Vaccine operations Central Provinces 1900-1911 - 1900-1911
Year: 1900
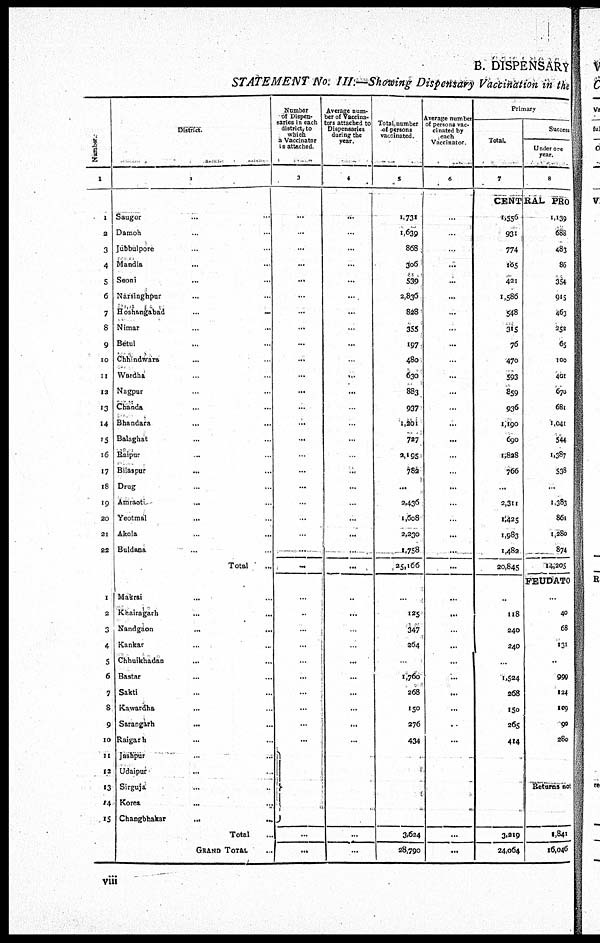
B. DISPENSARY
STATEMENT No. III.—Showing Dispensary Vaccination in the
Number.
1
1
2
3
4
5
6
7
8
9
10
11
12
13
14
15
16
17
18
19
20
21
22
1
2
3
4
5
6
7
8
9
10
11
12
13
14
15
District.
2
Saugor ... ...
Damoh ... ...
Jubbulpore ... ...
Mandla ... ...
Seoni ... ...
Narsinghpur ... ...
Hosnangabad
...
...
Nimar ... ...
Betul ... ...
Chhindwara ... ...
Wardha ... ...
Nagpur ... ...
Chanda ... ...
Bhandara ... ...
Balaghat ... ...
Raipur ... ...
Bilaspur ... ...
Drug ... ...
Amraoti
...
...
Yeotmal ... ...
Akola ... ...
Buldana ... ...
Total ...
Makrai ... ...
Khairagarh ... ...
Nandgaon
...
...
Kankar ... ...
Chhuikhadan ... ...
Bastar ... ...
Sakti ... ...
Kawardha ... ...
Sarangarh ... ... ...
Raigarh ... ...
Jashpur ... ...
Udaipur ... ...
Sirguja ... ...
Korea ... ...
Changbhakar
...
...
Total ...
GRAND TOTAL ...
Number
of Dispen-
saries in each
district to
which
a Vaccinator
is attached.
3
...
...
...
...
...
...
...
...
...
...
...
...
...
...
...
...
...
...
...
...
...
...
...
...
...
...
...
...
...
...
...
...
...
...
...
Average num-
ber of vaccina-
tors attached to
Dispensaries
during the
year.
4
...
...
...
...
...
...
...
...
...
...
...
...
...
...
...
...
...
...
...
...
...
...
...
...
...
...
...
...
...
...
...
...
...
...
...
Total number
of persons
vaccinated.
5
1,731
1,639
868
306
539
2,836
828
355
197
480
630
883
937
1,201
727
2,195
782
...
2,436
1,608
2,230
1,758
25,166
...
125
347
264
...
1,760
268
150
276
434
3,624
28,790
Average number
of persons vac-
cinated by
each
Vaccinator.
6
...
...
...
...
...
...
...
...
...
...
...
...
...
...
...
...
...
...
...
...
...
...
...
...
...
...
...
...
...
...
...
...
...
...
...
Primary
Total.
7
Success
Under one
year.
8
CENTRAL
PRO
1,556
931
774
105
421
1,586
548
315
76
470
593
859
936
1,190
690
1,828
766
...
2,311
1,425
1,983
1,482
20,845
...
118
240
240
...
1,524
268
150
265
414
3,219
24,064
1,139
688
483
86
354
915
463
252
65
100
401
670
681
1,041
544
1,387
538
...
1,383
861
1,280
874
14,205
FEUDATO
...
40
68
131
...
990
124
109
90
280
Returns not
1,841
16,046
viii